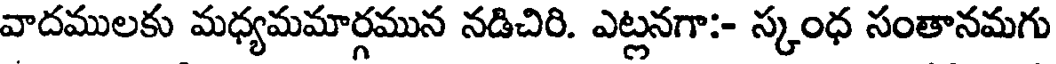
వాదములకు మధ్యమమార్గమున నడిచిరి. ఎట్లనగా:- స్కంధ సంతానమగు